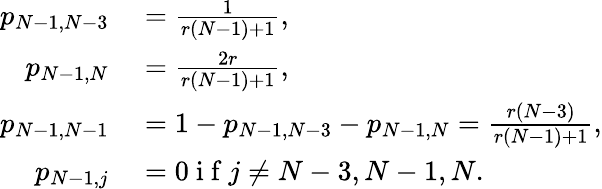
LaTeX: \begin{array}{rl}{p_{N-1,N-3}}&{{}=\frac{1}{r(N-1)+1},}\\ {p_{N-1,N}}&{{}=\frac{2r}{r(N-1)+1},}\\ {p_{N-1,N-1}}&{{}=1-p_{N-1,N-3}-p_{N-1,N}=\frac{r(N-3)}{r(N-1)+1},}\\ {p_{N-1,j}}&{{}=0\mathrm{~i~f~}j\neq N-3,N-1,N.}\end{array}